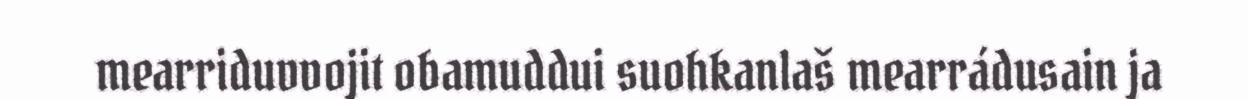
mearriduvvojit obamuddui suohkanlaš mearrádusain ja